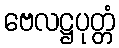
ဗေလဋ္ဌပုတ္တံ